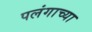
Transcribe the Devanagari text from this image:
पलंगाच्या